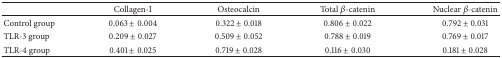
<table><thead><tr><td><b> </b></td><td><b>Collagen-I</b></td><td><b>Osteocalcin</b></td><td><b>Total <i>β</i>-catenin</b></td><td><b>Nuclear <i>β</i>-catenin</b></td></tr></thead><tbody><tr><td>Control group</td><td>0.063 ± 0.004</td><td>0.322 ± 0.018</td><td>0.806 ± 0.022</td><td>0.792 ± 0.031</td></tr><tr><td>TLR-3 group</td><td>0.209 ± 0.027</td><td>0.509 ± 0.052</td><td>0.788 ± 0.019</td><td>0.769 ± 0.017</td></tr><tr><td>TLR-4 group </td><td>0.401 ± 0.025</td><td>0.719 ± 0.028</td><td>0.116 ± 0.030</td><td>0.181 ± 0.028</td></tr></tbody></table>